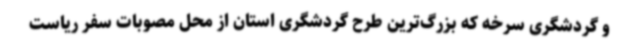
و گردشگری سرخه که بزرگ‌ترین طرح گردشگری استان از محل مصوبات سفر ریاست